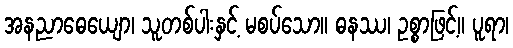
အနညာဓေယျော၊ သူတစ်ပါးနှင့် မစပ်သော။ ဓနဿ၊ ဥစ္စာဖြင့်။ ပူရာ၊